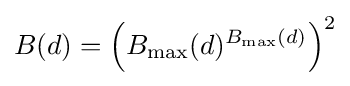
B(d)=\left(B_{\text{max}}(d)^{B_{\text{max}}(d)}\right)^{2}